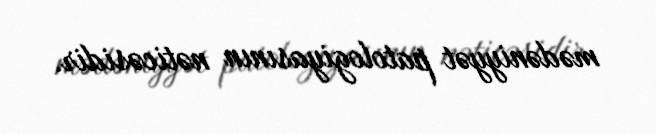
mədəniyyət patologiyasının nəticəsidir.